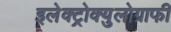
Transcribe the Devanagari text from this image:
इलेक्ट्रोक्युलोग्राफी